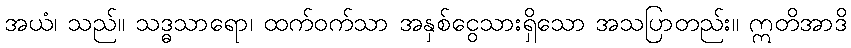
အယံ၊ သည်။ သဒ္ဓသာရော၊ ထက်ဝက်သာ အနှစ်ငွေသားရှိသော အသပြာတည်း။ ဣတိအာဒိ